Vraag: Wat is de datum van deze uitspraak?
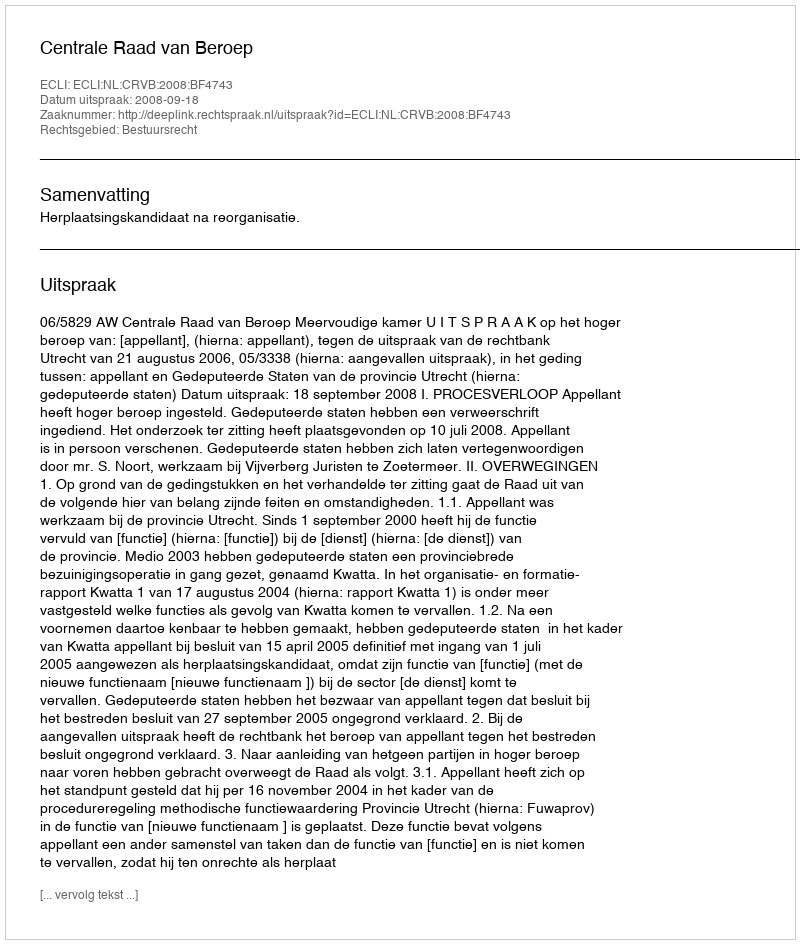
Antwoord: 2008-09-18